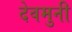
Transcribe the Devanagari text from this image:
देवमुनी